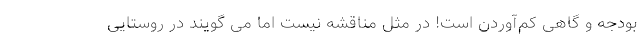
بودجه و گاهی کم‌آوردن است! در مثل مناقشه نیست اما می گویند در روستایی